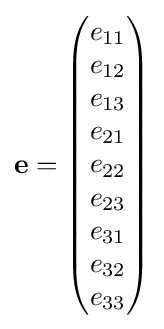
\mathbf {e} ={\begin{pmatrix}e_{11}\\e_{12}\\e_{13}\\e_{21}\\e_{22}\\e_{23}\\e_{31}\\e_{32}\\e_{33}\end{pmatrix}}